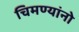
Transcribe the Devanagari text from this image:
चिमण्यांनो